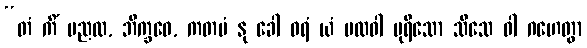
“တံ ကိံ မညထ, ဘိက္ခဝေ, ကတမံ နု ခေါ ဝရံ ယံ ဗလဝါ ပုရိသော သီသေ ဝါ ဂဟေတွာ